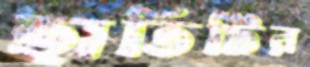
হাতিটির